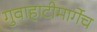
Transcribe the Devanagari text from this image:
गुवाहाटीमार्गेच